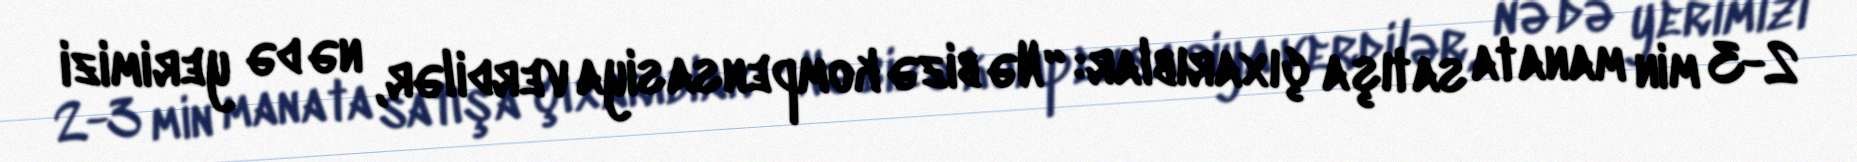
2-3 min manata satışa çıxarıblar: “Nə bizə kompensasiya verdilər, nə də yerimizi